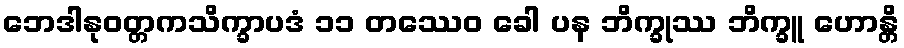
ဘေဒါနုဝတ္တကသိက္ခာပဒံ ၁၁ တဿေဝ ခေါ ပန ဘိက္ခုဿ ဘိက္ခူ ဟောန္တိ